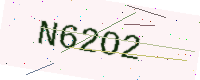
Text: N62O2